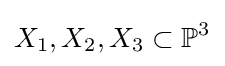
X_{1},X_{2},X_{3}\subset \mathbb {P} ^{3}